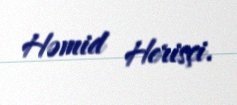
Həmid Herisçi.